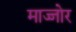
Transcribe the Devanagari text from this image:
माज्जोर